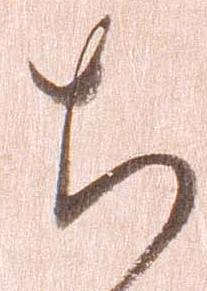
ち